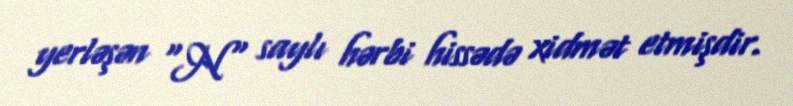
yerləşən "N" saylı hərbi hissədə xidmət etmişdir.